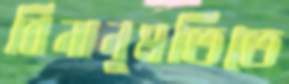
বিনানুমতিতে